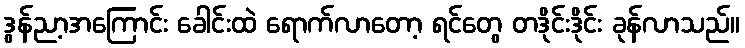
ဒွန်ညာ့အကြောင်း ခေါင်းထဲ ရောက်လာတော့ ရင်တွေ တဒိုင်းဒိုင်း ခုန်လာသည်။